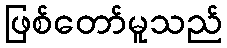
ဖြစ်တော်မူသည်